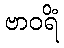
ဗာဝရိံ